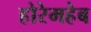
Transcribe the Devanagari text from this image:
होरेमहेब